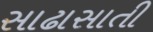
સાઢાસાતી